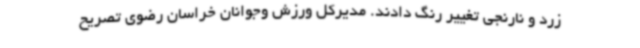
زرد و نارنجی تغییر رنگ دادند. مدیرکل ورزش وجوانان خراسان رضوی تصریح